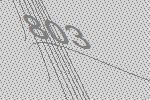
803